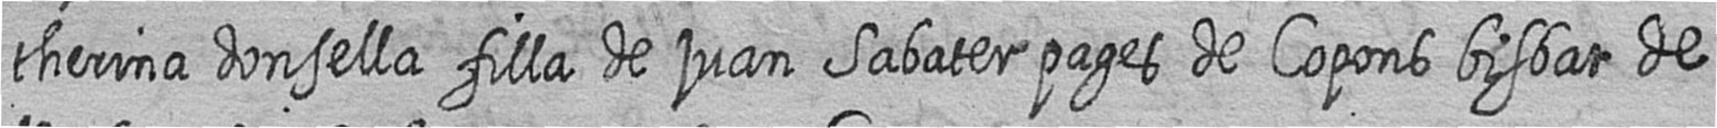
therina donsella filla de juan Sabater pages de Copons bisbat de